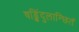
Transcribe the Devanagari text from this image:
षड्बिंदुलान्छितं